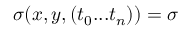
\sigma ( x , y , ( t _ { 0 } . . . t _ { n } ) ) = \sigma